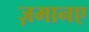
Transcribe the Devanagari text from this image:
ज़मानए